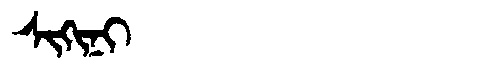
Manchu: ᠰᡳᡴᡳᠨᡳ
Romanization: SIKINI